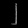
Digit: ၂